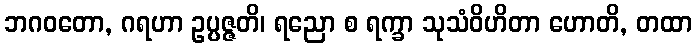
ဘဂဝတော, ဂရဟာ ဥပ္ပဇ္ဇတိ၊ ရညော စ ရက္ခာ သုသံဝိဟိတာ ဟောတိ, တထာ